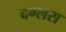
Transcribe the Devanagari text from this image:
दग्लस